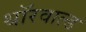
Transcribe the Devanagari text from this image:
थॉरवाल्ड